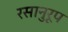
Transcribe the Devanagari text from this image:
रसानुरूप